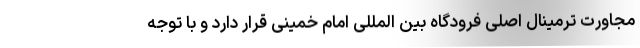
مجاورت ترمینال اصلی فرودگاه بین المللی امام خمینی قرار دارد و با توجه